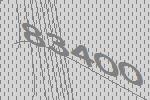
83400